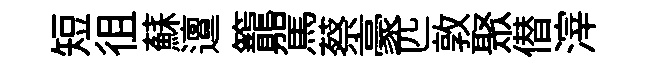
短徂蘇邅籠駕蔡豪匹敦聚僣滓